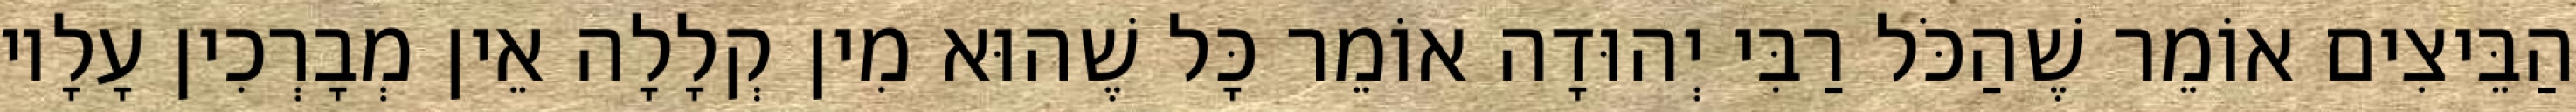
הַבֵּיצִים אוֹמֵר שֶׁהַכֹּל רַבִּי יְהוּדָה אוֹמֵר כָּל שֶׁהוּא מִין קְלָלָה אֵין מְבָרְכִין עָלָיו